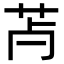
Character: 𦬿